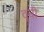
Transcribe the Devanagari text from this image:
वृची